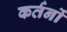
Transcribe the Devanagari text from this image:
कर्तनों